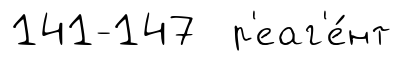
141-147 р'еаг'е́нт